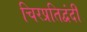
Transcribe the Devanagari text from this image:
चिरप्रतिद्वंदी